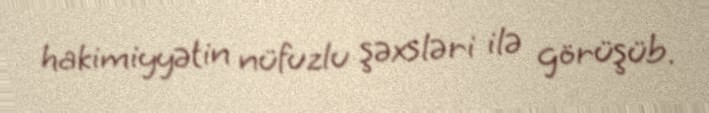
hakimiyyətin nüfuzlu şəxsləri ilə görüşüb.